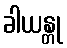
ခါယန္တု